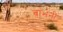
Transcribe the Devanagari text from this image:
बांभनी